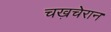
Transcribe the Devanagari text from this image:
चख़चेरान